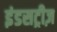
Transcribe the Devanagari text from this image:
इंडसट्रीज़